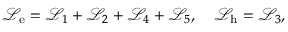
\mathcal { L } _ { \mathrm { e } } = \mathcal { L } _ { 1 } + \mathcal { L } _ { 2 } + \mathcal { L } _ { 4 } + \mathcal { L } _ { 5 } , \quad \mathcal { L } _ { \mathrm { h } } = \mathcal { L } _ { 3 } ,